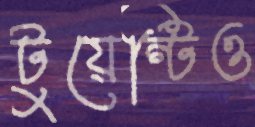
টুয়েন্টিও